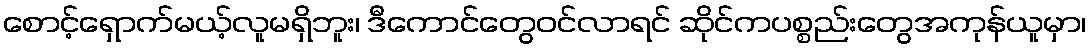
စောင့်ရှောက်မယ့်လူမရှိဘူး၊ ဒီကောင်တွေဝင်လာရင် ဆိုင်ကပစ္စည်းတွေအကုန်ယူမှာ၊